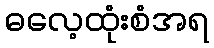
ဓလေ့ထုံးစံအရ